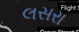
લસરા